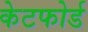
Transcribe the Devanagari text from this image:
केटफोर्ड